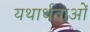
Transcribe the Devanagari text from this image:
यथार्थताओं